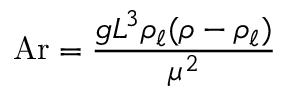
\mathrm { A r } = { \frac { g L ^ { 3 } \rho _ { \ell } ( \rho - \rho _ { \ell } ) } { \mu ^ { 2 } } }